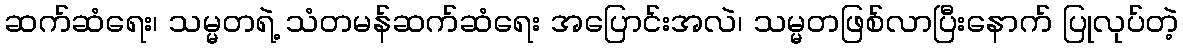
ဆက်ဆံရေး၊ သမ္မတရဲ့ သံတမန်ဆက်ဆံရေး အပြောင်းအလဲ၊ သမ္မတဖြစ်လာပြီးနောက် ပြုလုပ်တဲ့